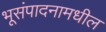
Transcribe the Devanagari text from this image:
भूसंपादनामधील